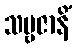
သဗ္ဗဇာနိံ